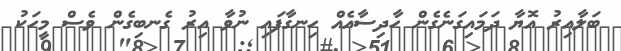
ބަލާއިރު އޮޔާ ދަމައިގަނެގެން ހާދިސާއެއް ހިނގާފައި ނުވާ އިރު ގެނބިގެން ވެސް މީހަކު